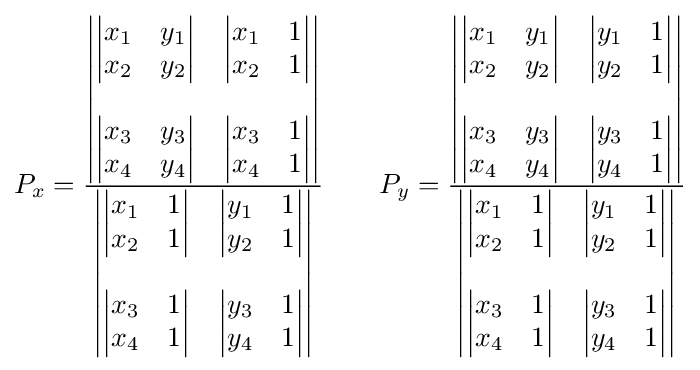
P_{x}={\frac {\begin{vmatrix}{\begin{vmatrix}x_{1}&y_{1}\\x_{2}&y_{2}\end{vmatrix}}&{\begin{vmatrix}x_{1}&1\\x_{2}&1\end{vmatrix}}\\\\{\begin{vmatrix}x_{3}&y_{3}\\x_{4}&y_{4}\end{vmatrix}}&{\begin{vmatrix}x_{3}&1\\x_{4}&1\end{vmatrix}}\end{vmatrix}}{\begin{vmatrix}{\begin{vmatrix}x_{1}&1\\x_{2}&1\end{vmatrix}}&{\begin{vmatrix}y_{1}&1\\y_{2}&1\end{vmatrix}}\\\\{\begin{vmatrix}x_{3}&1\\x_{4}&1\end{vmatrix}}&{\begin{vmatrix}y_{3}&1\\y_{4}&1\end{vmatrix}}\end{vmatrix}}}\,\!\qquad P_{y}={\frac {\begin{vmatrix}{\begin{vmatrix}x_{1}&y_{1}\\x_{2}&y_{2}\end{vmatrix}}&{\begin{vmatrix}y_{1}&1\\y_{2}&1\end{vmatrix}}\\\\{\begin{vmatrix}x_{3}&y_{3}\\x_{4}&y_{4}\end{vmatrix}}&{\begin{vmatrix}y_{3}&1\\y_{4}&1\end{vmatrix}}\end{vmatrix}}{\begin{vmatrix}{\begin{vmatrix}x_{1}&1\\x_{2}&1\end{vmatrix}}&{\begin{vmatrix}y_{1}&1\\y_{2}&1\end{vmatrix}}\\\\{\begin{vmatrix}x_{3}&1\\x_{4}&1\end{vmatrix}}&{\begin{vmatrix}y_{3}&1\\y_{4}&1\end{vmatrix}}\end{vmatrix}}}\,\!